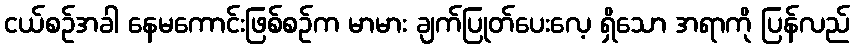
ငယ်စဉ်အခါ နေမကောင်းဖြစ်စဉ်က မာမား ချက်ပြုတ်ပေးလေ့ ရှိသော အရာကို ပြန်လည်